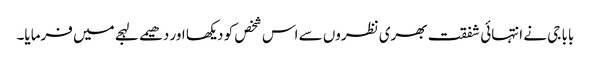
بابا جی نے انتہائی شفقت بھری نظروں سے اس شخص کو دیکھا اور دھیمے لہجے میں فرمایا۔